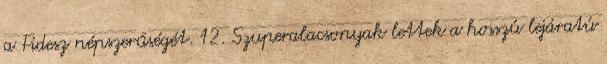
a Fidesz népszerűségét. 12. Szuperalacsonyak lettek a hosszú lejáratú